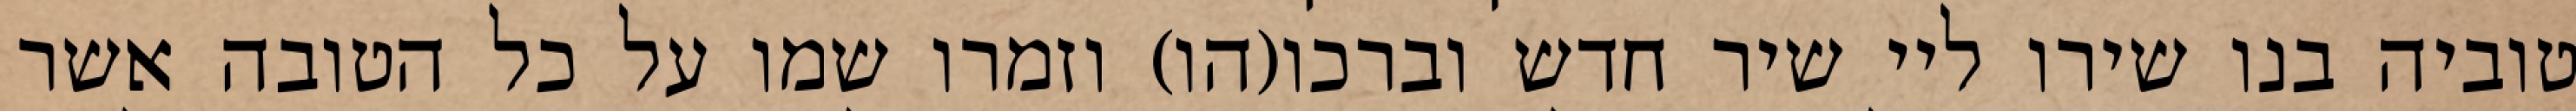
טוביה בנו שירו ליי שיר חדש וברכו(הו) וזמרו שמו על כל הטובה אשר